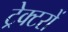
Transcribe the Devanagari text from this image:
ट्रेक्टरों